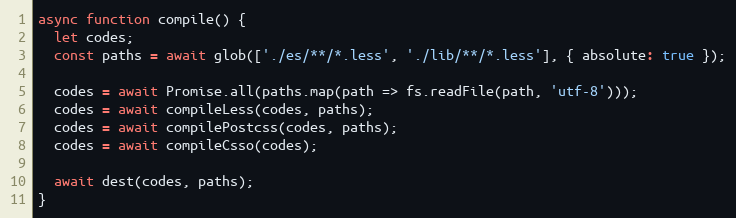
Language: JavaScript
async function compile() {
  let codes;
  const paths = await glob(['./es/**/*.less', './lib/**/*.less'], { absolute: true });

  codes = await Promise.all(paths.map(path => fs.readFile(path, 'utf-8')));
  codes = await compileLess(codes, paths);
  codes = await compilePostcss(codes, paths);
  codes = await compileCsso(codes);

  await dest(codes, paths);
}